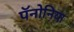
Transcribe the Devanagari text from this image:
पॅनोनिया